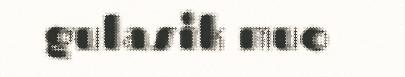
gulasik muo